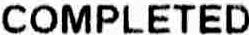
COMPLETED